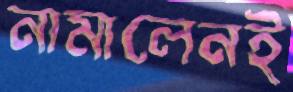
নামালেনই